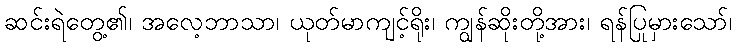
ဆင်းရဲတွေ့၏၊ အလေ့ဘာသာ၊ ယုတ်မာကျင့်ရိုး၊ ကျွန်ဆိုးတို့အား၊ ရန်ပြုမှားသော်၊